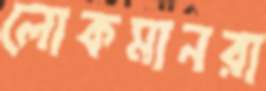
লোকমানরা